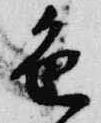
色